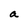
Character: a